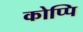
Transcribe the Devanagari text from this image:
कोप्पि